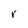
Character: r